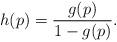
LaTeX: \begin{align*} h(p)=\frac{g(p)}{1-g(p)}.\end{align*}